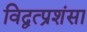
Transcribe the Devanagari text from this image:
विद्वत्प्रशंसा